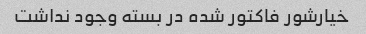
خیارشور فاکتور شده در بسته وجود نداشت